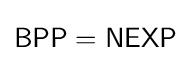
{\textsf {BPP}}={\textsf {NEXP}}